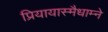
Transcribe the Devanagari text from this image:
प्रियायास्मैधाम्ने